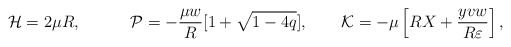
\begin{align*}{\cal H}=2\mu R,\qquad\quad{\cal P}=-\frac{\mu w}{R}[1+\sqrt{1-4q}],\qquad{\cal K}=-\mu\left[RX+\frac{yvw}{R\varepsilon}\right],\end{align*}